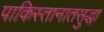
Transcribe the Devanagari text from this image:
पाकिस्तानातसुद्धा